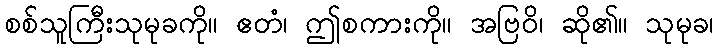
စစ်သူကြီးသုမုခကို။ ဧတံ၊ ဤစကားကို။ အဗြဝိ၊ ဆို၏။ သုမုခ၊